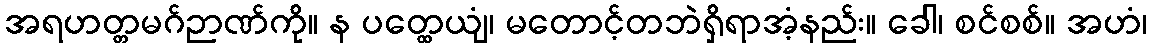
အရဟတ္တမဂ်ဉာဏ်ကို။ န ပတ္ထေယျံ၊ မတောင့်တဘဲရှိရာအံ့နည်း။ ခေါ၊ စင်စစ်။ အဟံ၊